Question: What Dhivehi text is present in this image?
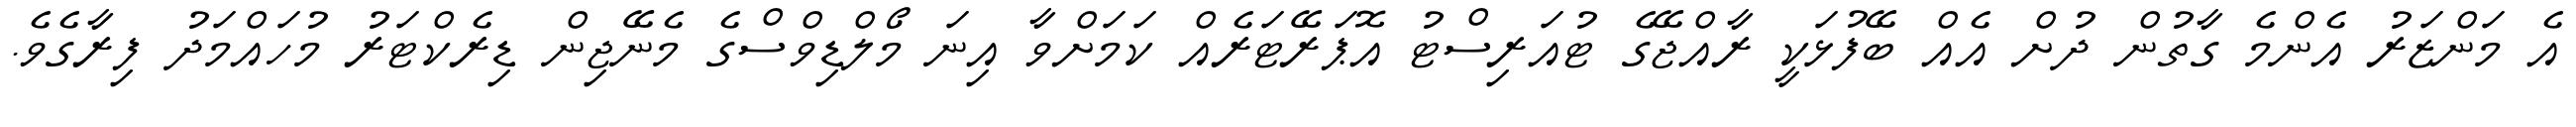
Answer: އެ މަންޒަރު އެންމެ ގާތުން ދުށް އެއް ބޭފުޅަކީ ރާއްޖޭގެ ޓުއަރިސްޓު އޮޕަރޭޓަރެއް ކަމަށްވާ އިނަ މޯލްޑިވްސްގެ މެނޭޖިން ޑިރެކްޓަރު މުހައްމަދު ފިރާގެވެ.